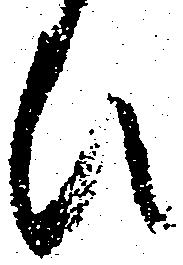
ひ